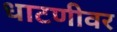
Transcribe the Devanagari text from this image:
धाटणीवर